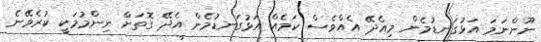
ނޫންނަމަ އަޅުގަނޑުމެން މިއެދޭ އެއްވެސް ކަމެއް އަޅުގަނޑުމެން އެދޭ ގޮތަށް ނިންމުމަކީ ކުރެވޭނެ